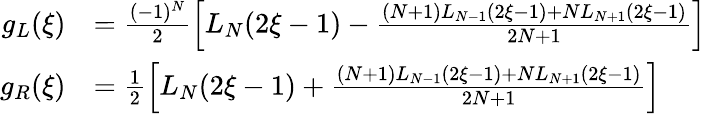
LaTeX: \begin{array}{rl}{g_{L}(\xi)}&{=\frac{(-1)^{N}}{2}\left[L_{N}(2\xi-1)-\frac{(N+1)L_{N-1}(2\xi-1)+NL_{N+1}(2\xi-1)}{2N+1}\right]}\\ {g_{R}(\xi)}&{=\frac{1}{2}\left[L_{N}(2\xi-1)+\frac{(N+1)L_{N-1}(2\xi-1)+NL_{N+1}(2\xi-1)}{2N+1}\right]}\end{array}